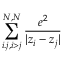
\sum _ { i . j , i > j } ^ { N , N } \frac { e ^ { 2 } } { | z _ { i } - z _ { j } | }